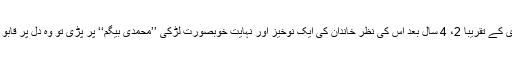
دوسری شادی کے تقریباً 2، 4 سال بعد اس کی نظر خاندان کی ایک نوخیز اور نہایت خوبصورت لڑکی ’’محمدی بیگم‘‘ پر پڑی تو وہ دل پر قابو نہ رکھ سکا۔